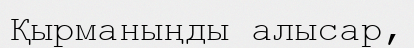
Қырманыңды алысар,